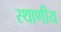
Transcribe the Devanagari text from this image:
स्थाणीय